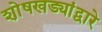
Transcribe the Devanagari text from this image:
शो़षखड्यांद्वारे